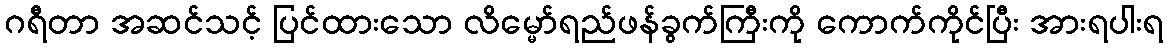
ဂရီတာ အဆင်သင့် ပြင်ထားသော လိမ္မော်ရည်ဖန်ခွက်ကြီးကို ကောက်ကိုင်ပြီး အားရပါးရ